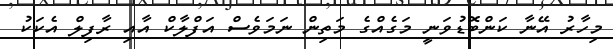
މިހާރު އޭނާ ކަންބޮޑުވަނީ މަގެއްގެ މަތިން ނަމަވެސް އަފްލާކް އާއި ރާފިލް އެކަކު